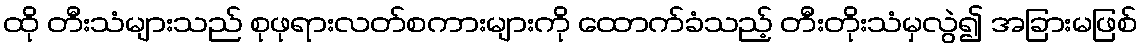
ထို တီးသံများသည် စုဖုရားလတ်စကားများကို ထောက်ခံသည့် တီးတိုးသံမှလွဲ၍ အခြားမဖြစ်